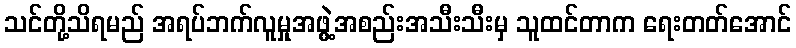
သင်တို့သိရမည် အရပ်ဘက်လူမှုအဖွဲ့အစည်းအသီးသီးမှ သူထင်တာက ရေးတတ်အောင်